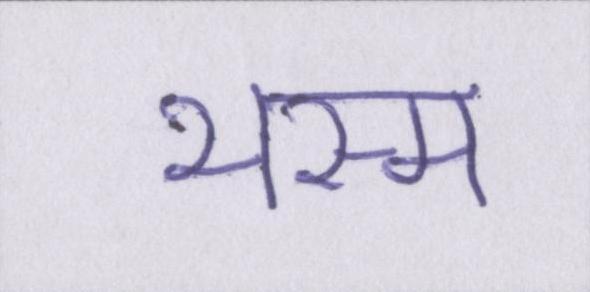
भस्म